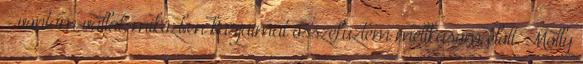
- vontam vállat, miközben karjaimat összefűztem mellkasom előtt. Molly